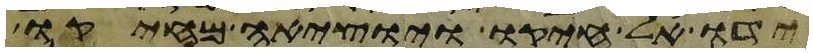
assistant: ידו אל חיקו ויוציאה מחיקו